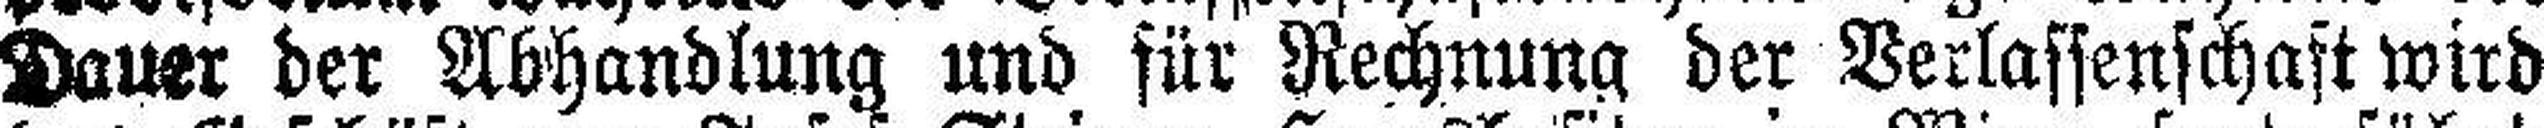
Dauer der Abhandlung und für Rechnung der Verlassenschaft wird